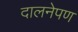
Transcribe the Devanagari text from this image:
दालनेपण